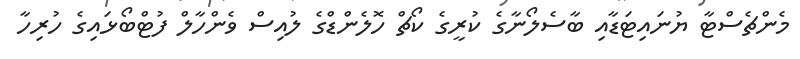
މެންޗެސްޓާ ޔުނައިޓަޑާއި ބާސެލޯނާގެ ކުރީގެ ކޯޗް ހޮލެންޑްގެ ލުއިސް ވެންހާލް ފުޓްބޯޅައިގެ ހުރިހާ